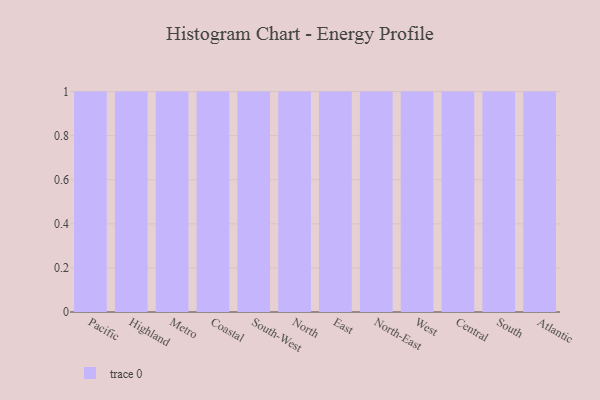
{"axis": {"x": "Region", "y": "Gross Profit (USD K)"}, "legend": [""], "data": [{"x": "Pacific", "y": 6, "type": ""}, {"x": "Highland", "y": 19, "type": ""}, {"x": "Metro", "y": 53, "type": ""}, {"x": "Coastal", "y": 47, "type": ""}, {"x": "South-West", "y": 48, "type": ""}, {"x": "North", "y": 91, "type": ""}, {"x": "East", "y": 55, "type": ""}, {"x": "North-East", "y": 45, "type": ""}, {"x": "West", "y": 5, "type": ""}, {"x": "Central", "y": 9, "type": ""}, {"x": "South", "y": 88, "type": ""}, {"x": "Atlantic", "y": 40, "type": ""}]}